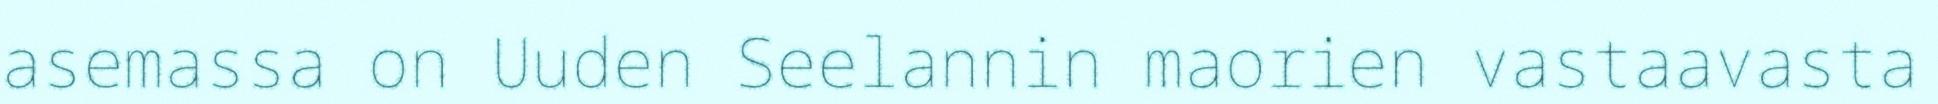
asemassa on Uuden Seelannin maorien vastaavasta